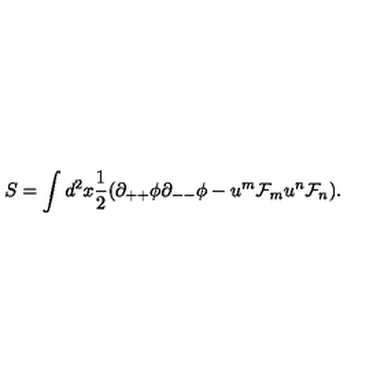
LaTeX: S = \int d ^ { 2 } x { \frac { 1 } { 2 } } ( \partial _ { + + } \phi \partial _ { -- } \phi - u ^ { m } { \cal F } _ { m } u ^ { n } { \cal F } _ { n } ) .